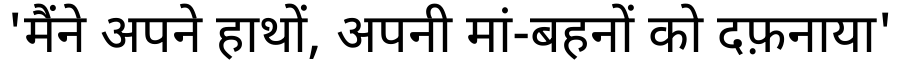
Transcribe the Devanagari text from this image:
'मैंने अपने हाथों, अपनी मां-बहनों को दफ़नाया'